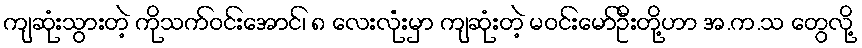
ကျဆုံးသွားတဲ့ ကိုသက်ဝင်းအောင်၊ ၈ လေးလုံးမှာ ကျဆုံးတဲ့ မဝင်းမော်ဦးတို့ဟာ အ.က.သ တွေလို့